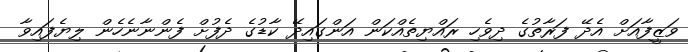
ވަޒީފާއަށް އެދޭ ފަރާތުގެ ދިވެހި ރައްޔިތެއްކަން އަންގައިދޭ ކާޑުގެ ދެފުށް ފެންނާނެހެން ލިޔެފައިވާ